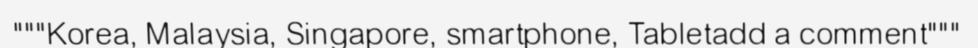
"""Korea, Malaysia, Singapore, smartphone, Tabletadd a comment"""